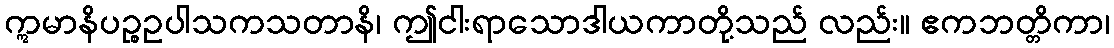
ဣမာနိပဉ္စဥပါသကသတာနိ၊ ဤငါးရာသောဒါယကာတို့သည် လည်း။ ဧကဘတ္တိကာ၊